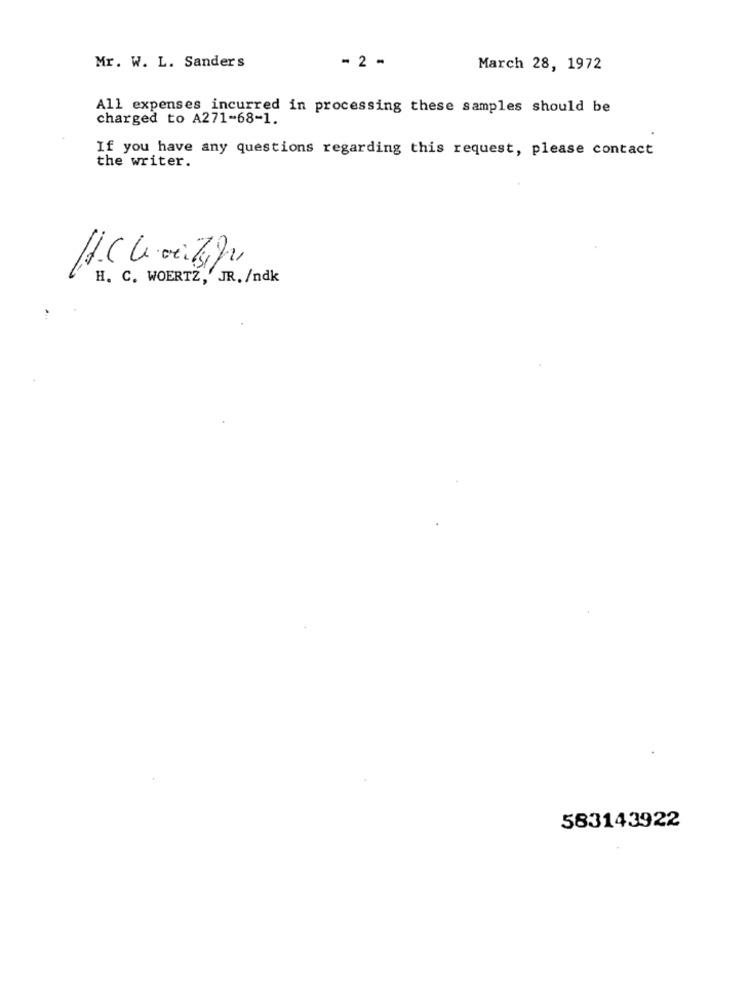
Mr. W. L. Sanders
- 2 -
March 28, 1972
All expenses incurred in processing these samples should be
charged to A271-68-1.
If you have any questions regarding this request, please contact
the writer.
H. C. WOERTZ,' JR. /ndk
583143922